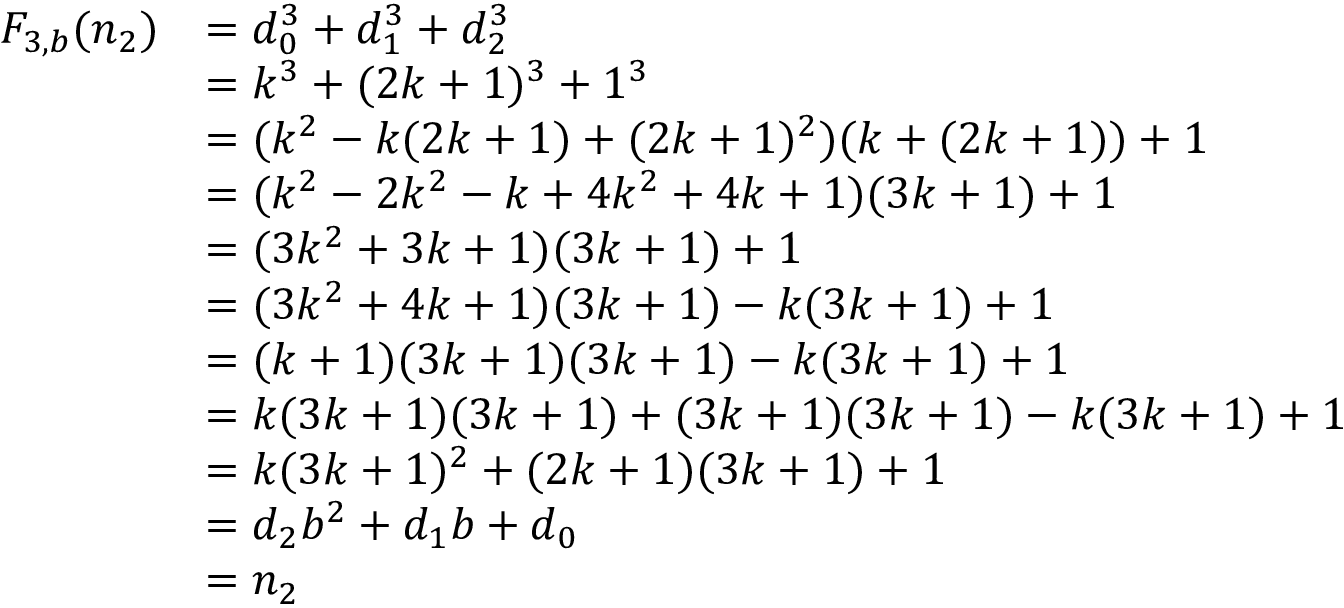
{ \begin{array} { r l } { F _ { 3 , b } ( n _ { 2 } ) } & { = d _ { 0 } ^ { 3 } + d _ { 1 } ^ { 3 } + d _ { 2 } ^ { 3 } } \\ & { = k ^ { 3 } + ( 2 k + 1 ) ^ { 3 } + 1 ^ { 3 } } \\ & { = ( k ^ { 2 } - k ( 2 k + 1 ) + ( 2 k + 1 ) ^ { 2 } ) ( k + ( 2 k + 1 ) ) + 1 } \\ & { = ( k ^ { 2 } - 2 k ^ { 2 } - k + 4 k ^ { 2 } + 4 k + 1 ) ( 3 k + 1 ) + 1 } \\ & { = ( 3 k ^ { 2 } + 3 k + 1 ) ( 3 k + 1 ) + 1 } \\ & { = ( 3 k ^ { 2 } + 4 k + 1 ) ( 3 k + 1 ) - k ( 3 k + 1 ) + 1 } \\ & { = ( k + 1 ) ( 3 k + 1 ) ( 3 k + 1 ) - k ( 3 k + 1 ) + 1 } \\ & { = k ( 3 k + 1 ) ( 3 k + 1 ) + ( 3 k + 1 ) ( 3 k + 1 ) - k ( 3 k + 1 ) + 1 } \\ & { = k ( 3 k + 1 ) ^ { 2 } + ( 2 k + 1 ) ( 3 k + 1 ) + 1 } \\ & { = d _ { 2 } b ^ { 2 } + d _ { 1 } b + d _ { 0 } } \\ & { = n _ { 2 } } \end{array} }